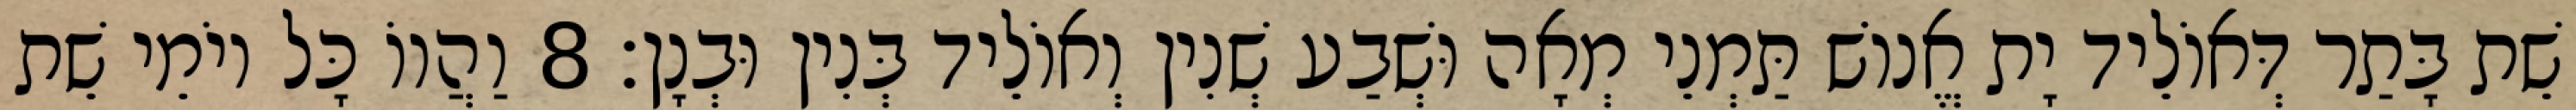
שֵׁת בָּתַר דְּאוֹלֵיד יָת אֱנוֹשׁ תַּמְנֵי מְאָה וּשְׁבַע שְׁנִין וְאוֹלֵיד בְּנִין וּבְנָן׃ 8 וַהֲווֹ כָּל יוֹמֵי שֵׁת